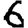
Digit: 6